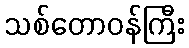
သစ်တောဝန်ကြီး